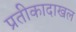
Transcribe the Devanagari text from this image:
प्रतीकादाखल